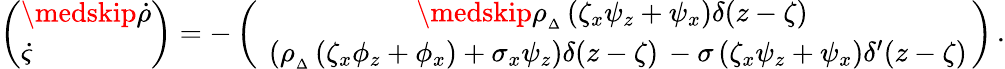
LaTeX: \left(\begin{array}{l}{\medskip\dot{\rho}}\\ {\dot{\varsigma}}\end{array}\right)=-\left(\begin{array}{c}{\medskip\rho_{{}_{\Delta}}\left(\zeta_{x}\psi_{z}+\psi_{x}\right)\delta(z-\zeta)\, }\\ {\ \left(\rho_{{}_{\Delta}}\, (\zeta_{x}\phi_{z}+\phi_{x})+\sigma_{x}\psi_{z}\right)\delta(z-\zeta)\, -\sigma\, (\zeta_{x}\psi_{z}+\psi_{x})\delta^{\prime}(z-\zeta)\, }\end{array}\right)\, .